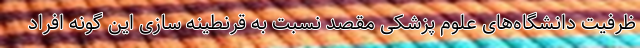
ظرفیت دانشگاه‌های علوم پزشکی مقصد نسبت به قرنطینه سازی این گونه افراد